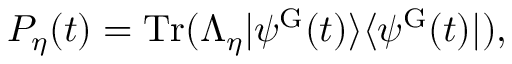
{ \cal P } _ { \eta } ( t ) = \mathrm { T r } ( \Lambda _ { \eta } | \psi ^ { \mathrm { G } } ( t ) \rangle \langle \psi ^ { \mathrm { G } } ( t ) | ) ,